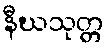
နီဃသုတ္တ